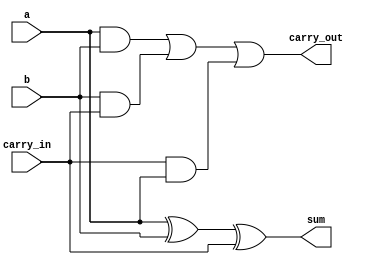

// Full adder using behavioral modeling
module full_adder_behavioral(sum, carry_out, a, b, carry_in);
    input a, b, carry_in;
    output reg sum, carry_out;
    always @ (a or b or carry_in) begin
        sum = a ^ b ^ carry_in;
        carry_out = (a & b) | (b & carry_in) | (carry_in & a);
    end
endmodule